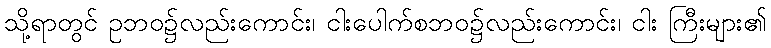
သို့ရာတွင် ဥဘဝ၌လည်းကောင်း၊ ငါးပေါက်စဘဝ၌လည်းကောင်း၊ ငါး ကြီးများ၏